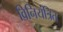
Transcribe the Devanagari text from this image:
विनियंत्रित